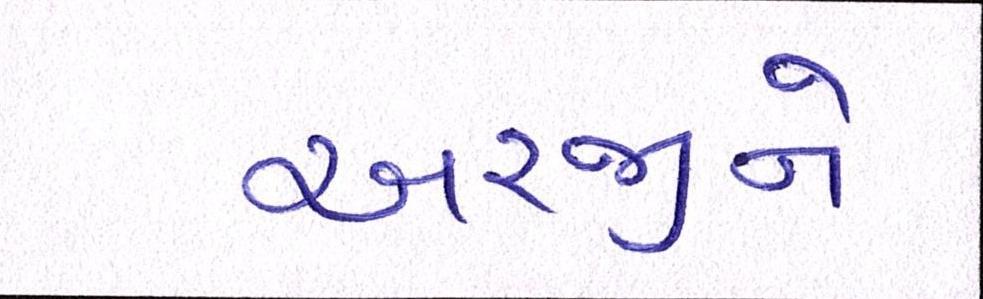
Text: અરજીને